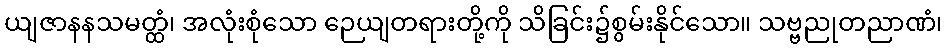
ယျဇာနနသမတ္ထံ၊ အလုံးစုံသော ဉေယျတရားတို့ကို သိခြင်း၌စွမ်းနိုင်သော။ သဗ္ဗညုတညာဏံ၊